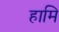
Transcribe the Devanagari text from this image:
हामि